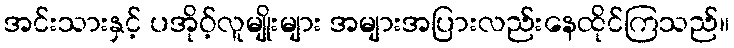
အင်းသားနှင့် ပအိုဝ့်လူမျိုးများ အများအပြားလည်းနေထိုင်ကြသည်။